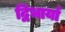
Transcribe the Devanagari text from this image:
द्विभार्या